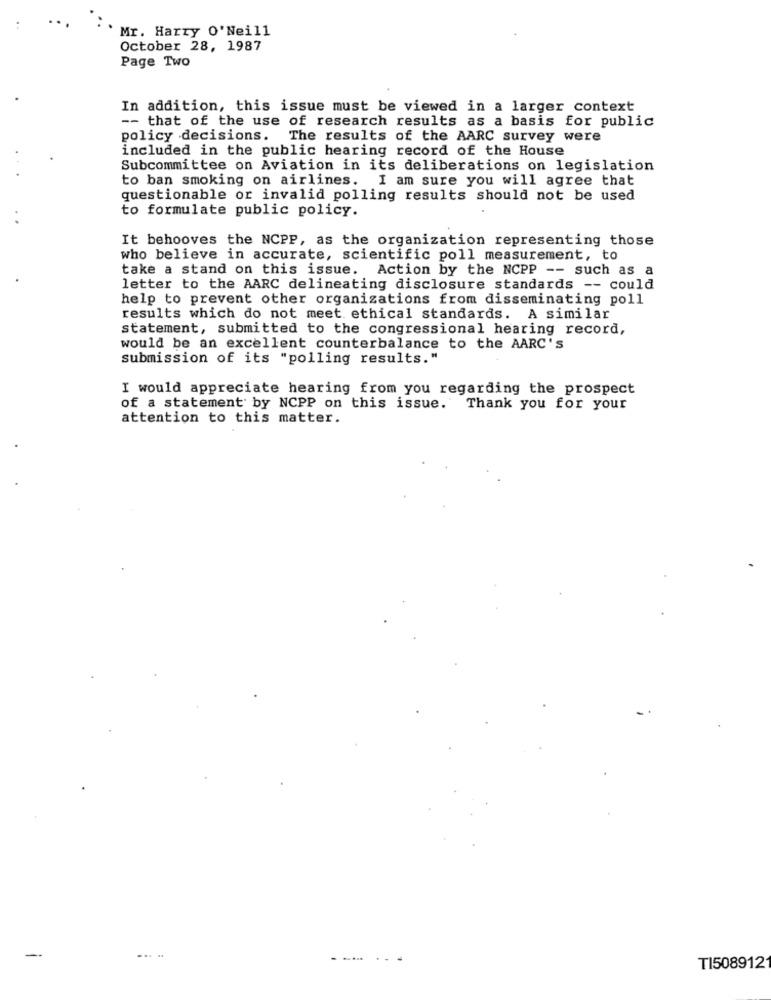
Mr. Harry O'Neill
October 28, 1987
Page Two
In addition, this issue must be viewed in a larger context
-- that of the use of research results as a basis for public
policy decisions. The results of the AARC survey were
included in the public hearing record of the House
Subcommittee on Aviation in its deliberations on legislation
to ban smoking on airlines. I am sure you will agree that
questionable or invalid polling results should not be used
to formulate public policy.
It behooves the NCPP, as the organization representing those
who believe in accurate, scientific poll measurement, to
take a stand on this issue. Action by the NCPP -- such as a
letter to the AARC delineating disclosure standards -- could
help to prevent other organizations from disseminating poll
results which do not meet ethical standards. A similar
statement, submitted to the congressional hearing record,
would be an excellent counterbalance to the AARC'S
submission of its "polling results."
I would appreciate hearing from you regarding the prospect
of a statement by NCPP on this issue. Thank you for your
attention to this matter.
....
--
... ..
TI508912